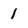
Character: 1